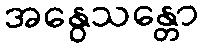
အနွေသန္တော